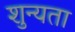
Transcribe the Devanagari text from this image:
शुन्यता